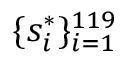
\{ s _ { i } ^ { * } \} _ { i = 1 } ^ { 1 1 9 }